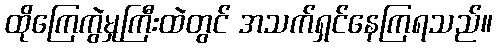
ထိုကြေကွဲမှုကြီးထဲတွင် အသက်ရှင်နေကြရသည်။